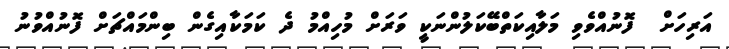
އަރިހަށް  ފޮނުއްވެވި މަލާއިކަތްބޭކަލުންނަކީ ވަރަށް މުހިއްމު ދެ ކަމަކާއިގެން ބިންމައްޗަށް ފޮނުއްވުނު